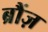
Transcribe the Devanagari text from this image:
ब्रौंज़